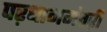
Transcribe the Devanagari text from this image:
पऱधानमंतऱी